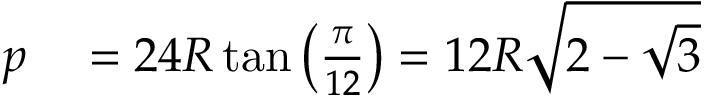
\begin{array} { r l } { p } & { { } = 2 4 R \tan \left( { \frac { \pi } { 1 2 } } \right) = 1 2 R { \sqrt { 2 - { \sqrt { 3 } } } } } \end{array}